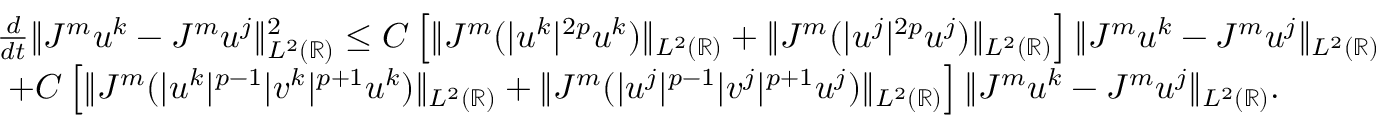
\begin{array} { r l } & { \frac { d } { d t } \| J ^ { m } u ^ { k } - J ^ { m } u ^ { j } \| _ { L ^ { 2 } ( \mathbb { R } ) } ^ { 2 } \leq C \left[ \| J ^ { m } ( | u ^ { k } | ^ { 2 p } u ^ { k } ) \| _ { L ^ { 2 } ( \mathbb { R } ) } + \| J ^ { m } ( | u ^ { j } | ^ { 2 p } u ^ { j } ) \| _ { L ^ { 2 } ( \mathbb { R } ) } \right] \| J ^ { m } u ^ { k } - J ^ { m } u ^ { j } \| _ { L ^ { 2 } ( \mathbb { R } ) } } \\ & { \ + C \left[ \| J ^ { m } ( | u ^ { k } | ^ { p - 1 } | v ^ { k } | ^ { p + 1 } u ^ { k } ) \| _ { L ^ { 2 } ( \mathbb { R } ) } + \| J ^ { m } ( | u ^ { j } | ^ { p - 1 } | v ^ { j } | ^ { p + 1 } u ^ { j } ) \| _ { L ^ { 2 } ( \mathbb { R } ) } \right] \| J ^ { m } u ^ { k } - J ^ { m } u ^ { j } \| _ { L ^ { 2 } ( \mathbb { R } ) } . } \end{array}